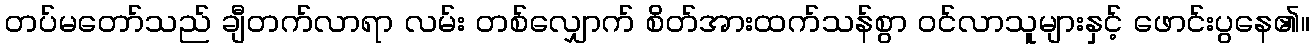
တပ်မတော်သည် ချီတက်လာရာ လမ်း တစ်လျှောက် စိတ်အားထက်သန်စွာ ဝင်လာသူများနှင့် ဖောင်းပွနေ၏။